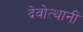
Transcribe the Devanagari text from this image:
देवोत्थानी